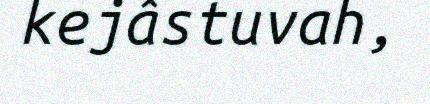
kejâstuvah,